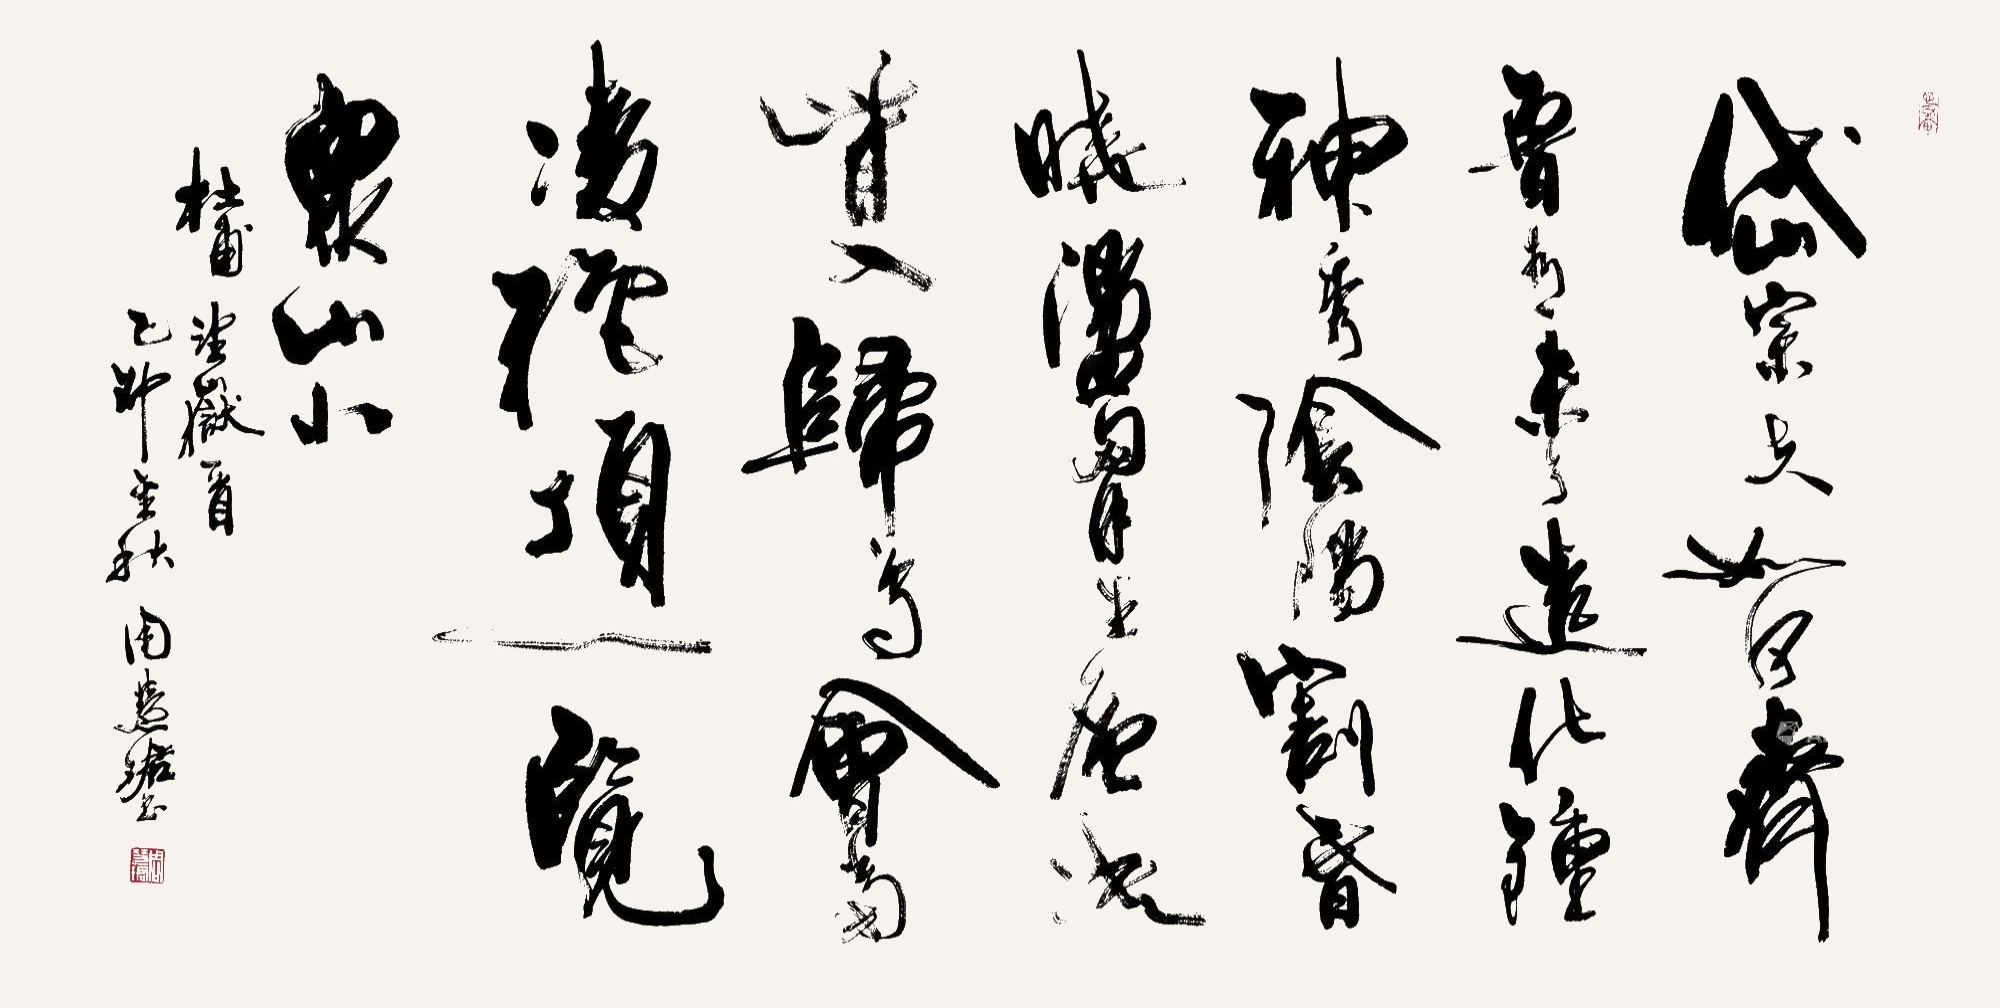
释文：岱宗夫如何？齐鲁青未了。造化钟神秀，阴阳割昏晓。荡胸生曾云，决眦入归鸟。会当凌绝顶，一览众山小。杜甫《望岳》一首，己卯金秋，周慧珺书。